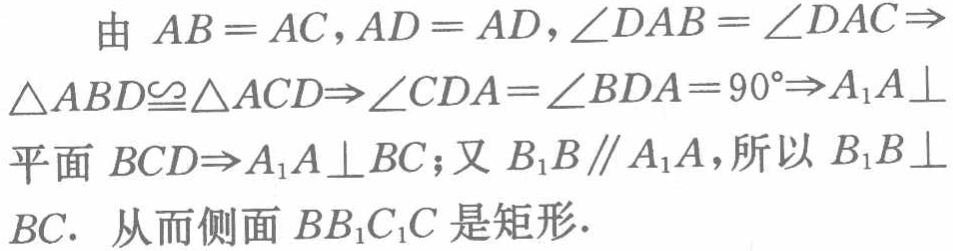
由 \(AB = AC,AD = AD,\angle DAB = \angle DAC\Rightarrow\triangle ABD\cong\triangle ACD\Rightarrow\angle CDA=\angle BDA = 90^{\circ}\Rightarrow A_{1}A\perp\)平面 \(BCD\Rightarrow A_{1}A\perp BC\); 又 \(B_{1}B\parallel A_{1}A\), 所以 \(B_{1}B\perp BC\). 从而侧面 \(BB_{1}C_{1}C\) 是矩形.